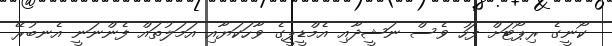
ކޯނީގެ ރިޕޯޓަށް ފަހު ވެސް ނަޝީދާއި އެމްޑީޕީގެ ވާހަކަޔާއި އަމަލުތައް ފެންނަނީ އެނބުރޭ